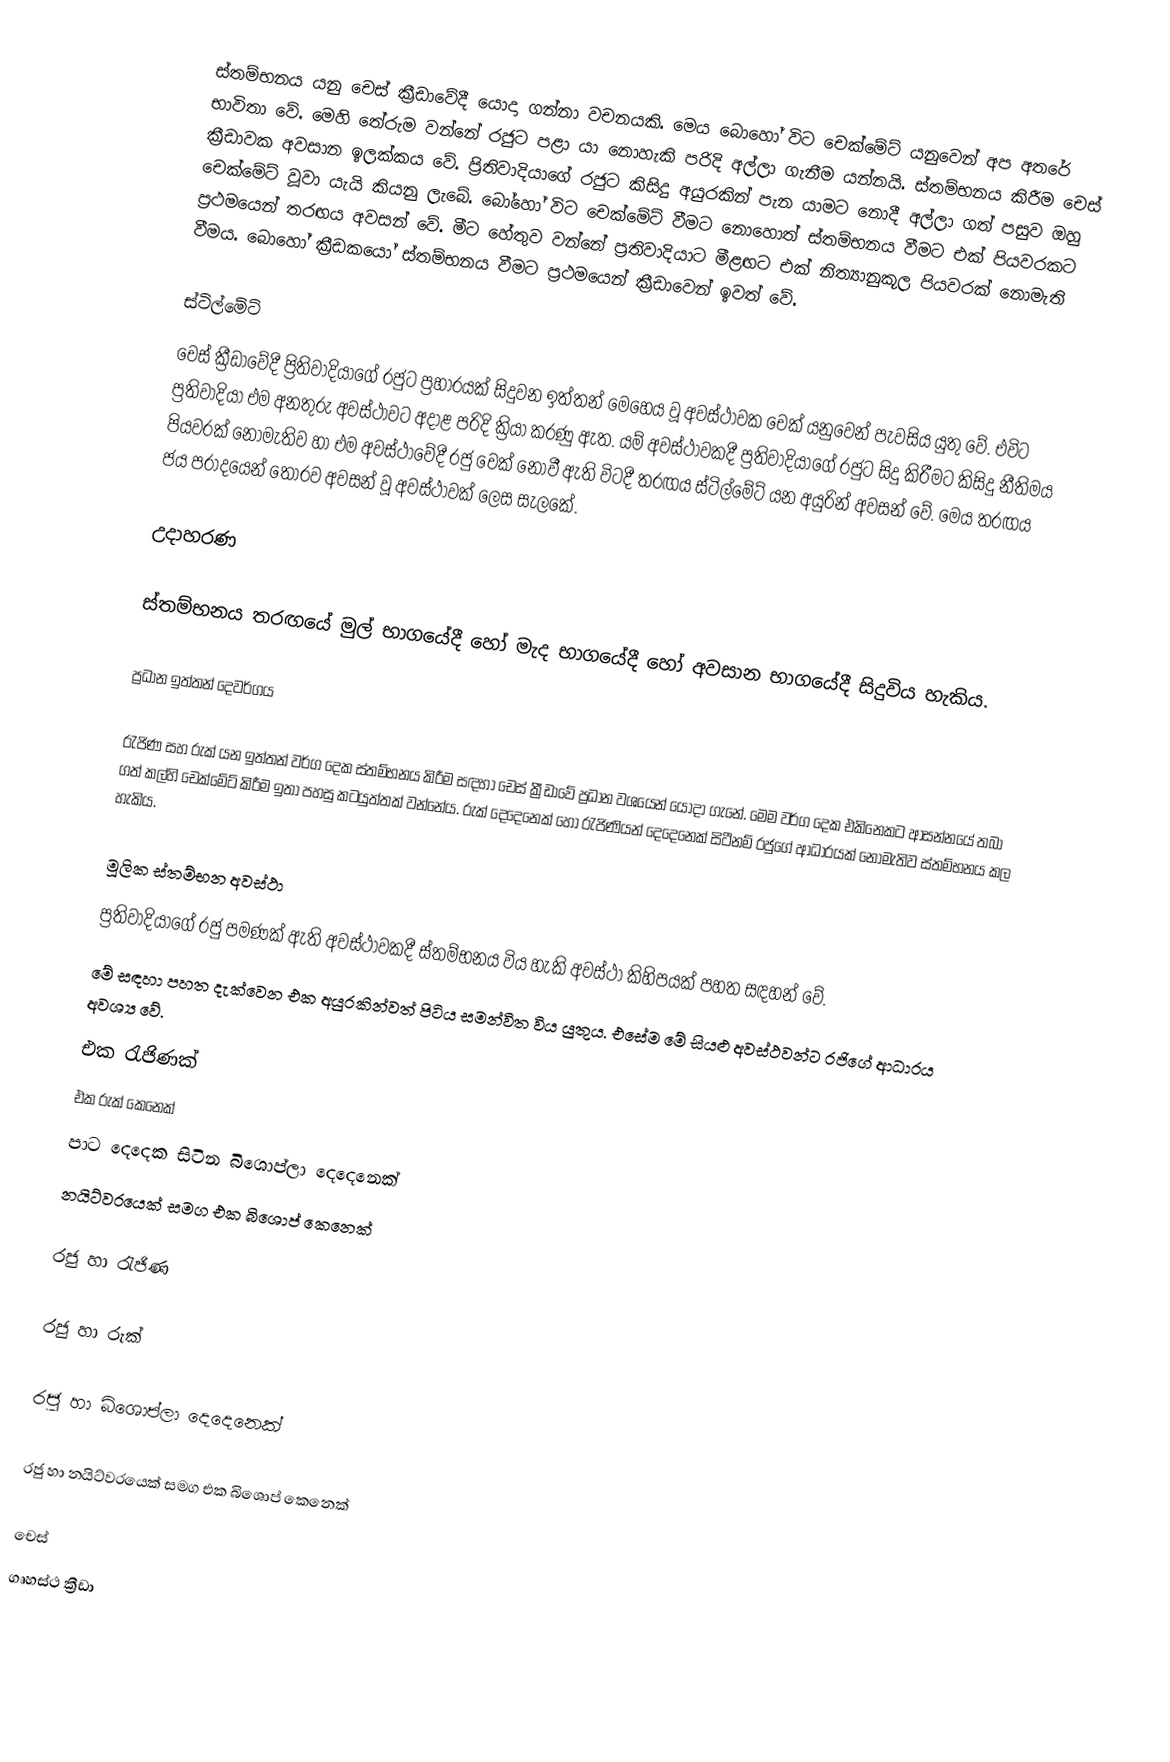
ස්තම්භනය යනු චෙස් ක්‍රීඩාවේදී යොදා ගන්නා වචනයකි. මෙය බොහෝ විට චෙක්මේට් යනුවෙන් අප අතරේ භාවිතා වේ. මෙහි තේරුම වන්නේ රජුට පළා යා නොහැකි පරිදි අල්ලා ගැනීම යන්නයි. ස්තම්භනය කිරීම චෙස් ක්‍රීඩාවක අවසාන ඉලක්කය වේ. ප්‍රිතිවාදියාගේ රජුට කිසිදු අයුරකින් පැන යාමට නොදී අල්ලා ගත් පසුව ඔහු චෙක්මේට් වූවා යැයි කියනු ලැබේ. බෝහෝ විට චෙක්මේට් වීමට නොහොත් ස්තම්භනය වීමට එක් පියවරකට ප්‍රථමයෙන් තරඟය අවසන් වේ. මීට හේතුව වන්නේ ප්‍රතිවාදියාට මීළඟට එක් නිත්‍යානුකූල පියවරක් නොමැති වීමය. බොහෝ ක්‍රීඩකයෝ ස්තම්භනය වීමට ප්‍රථමයෙන් ක්‍රීඩාවෙන් ඉවත් වේ.

ස්ටිල්මේට්
චෙස් ක්‍රීඩාවේදී ප්‍රිතිවාදියාගේ රජුට ප්‍රහාරයක් සිදුවන ඉත්තන් මෙහෙය වූ අවස්ථාවක චෙක් යනුවෙන් පැවසිය යුතු වේ. එවිට ප්‍රතිවාදියා එම අනතුරු අවස්ථාවට අදාළ පරිදි ක්‍රියා කරණු ඇත. යම් අවස්ථාවකදී ප්‍රතිවාදියාගේ රජුට සිදු කිරීමට කිසිදු නීතිමය පියවරක් නොමැතිව හා එම අවස්ථාවේදී රජු චෙක් නොවී ඇති විටදී තරඟය ස්ටිල්මේට් යන අයුරින් අවසන් වේ. මෙය තරඟය ජය පරාදයෙන් තොරව අවසන් වූ අවස්ථාවක් ලෙස සැලකේ.

උදාහරණ

ස්තම්භනය තරඟයේ මුල් භාගයේදී හෝ මැද භාගයේදී හෝ අවසාන භාගයේදී සිදුවිය හැකිය.

ප්‍රධාන ඉත්තන් දෙවර්ගය

රැජිණ සහ රුක් යන ඉත්තන් වර්ග දෙක ස්තම්භනය කිරීම සඳහා චෙස් ක්‍රීඩාවේ ප්‍රධාන වශයෙන් යොදා ගැනේ. මෙම වර්ග දෙක එකිනෙකට ආසන්නයේ තබා ගත් කල්හි චෙක්මේට් කිරීම ඉතා පහසු කටයුත්තක් වන්නේය. රුක් දෙදෙනෙක් හෝ රැජිණියන් දෙදෙනෙක් සිටීනම් රජුගේ ආධාරයක් නොමැතිව ස්තම්භනය කල හැකිය.

මූලික ස්තම්භන අවස්ථා
ප්‍රතිවාදියාගේ රජු පමණක් ඇති අවස්ථාවකදී ස්තම්භනය විය හැකි අවස්ථා කිහිපයක් පහත සඳහන් වේ.
මේ සඳහා පහත දැක්වෙන එක අයුරකින්වත් පිටිය සමන්විත විය යුතුය. එසේම මේ සියළු අවස්ථවන්ට රජිගේ ආධාරය අවශ්‍ය වේ.
 එක රැජිණක්
 එක රුක් කෙනෙක්
 පාට දෙදෙක සිටින බිශොප්ලා දෙදෙනෙක්
 නයිට්වරයෙක් සමග එක බිශොප් කෙනෙක්

රජු හා රැජිණ

රජු හා රුක්

රජු හා බිශොප්ලා දෙදෙනෙක්

රජු හා නයිට්වරයෙක් සමග එක බිශොප් කෙනෙක්

චෙස්
ගෘහස්ථ ක්‍රීඩා